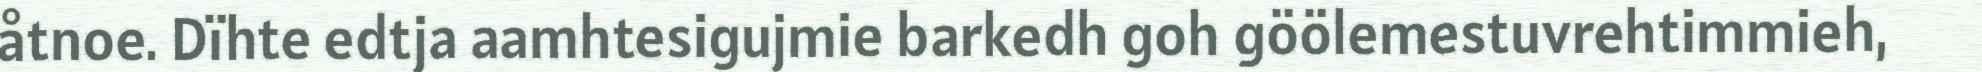
åtnoe. Dïhte edtja aamhtesigujmie barkedh goh göölemestuvrehtimmieh,